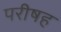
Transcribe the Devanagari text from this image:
परीषह